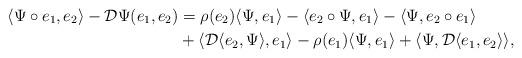
LaTeX: \begin{align*}\langle \Psi \circ e_{1}, e_{2} \rangle - \mathcal{D}\Psi(e_{1},e_{2}) & = \rho(e_{2}) \langle \Psi, e_{1}\rangle - \langle e_{2}\circ \Psi, e_{1}\rangle - \langle \Psi, e_{2}\circ e_{1}\rangle\\& + \langle \mathcal{D}\langle e_{2}, \Psi\rangle, e_{1} \rangle - \rho(e_{1})\langle \Psi, e_{1}\rangle + \langle \Psi, \mathcal{D}\langle e_{1}, e_{2}\rangle \rangle,\end{align*}